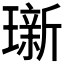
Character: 𬎖